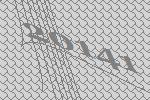
20141